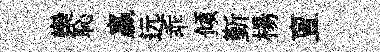
欒恥贏远乖傾斳楊亶